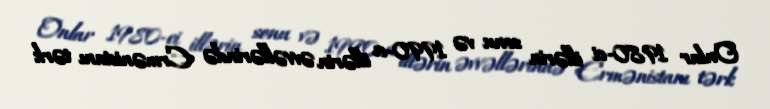
Onlar 1980-ci illərin sonu və 1990-cı illərin əvvəllərində Ermənistanı tərk